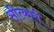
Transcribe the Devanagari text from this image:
सीत्कारी